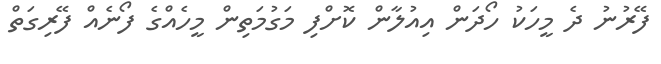
ފޭރުނު ދެ މީހަކު ހޯދަން އިއުލާން ކޮށްފި މަގުމަތިން މީހެއްގެ ފޯނެއް ފޭރިގަތް